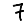
Digit: 7